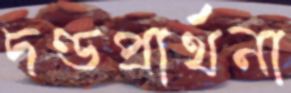
দণ্ডপ্রার্থনা